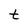
Character: t